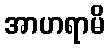
အာဟရာမိ